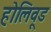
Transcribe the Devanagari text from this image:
होलिवूड